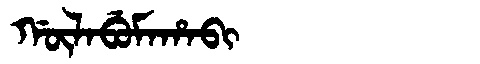
Manchu: ᡤᡡᠯᠠᠪᡠᠮᠠᡥᠠᠪᡳ
Romanization: GŪLABUMAHABI